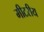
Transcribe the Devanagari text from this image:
मीटरीय